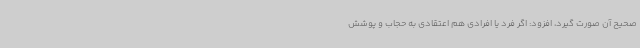
صحیح آن صورت گیرد، افزود: اگر فرد یا افرادی هم اعتقادی به حجاب و پوشش